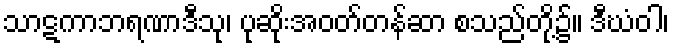
သာဋကာဘရဏာဒီသု၊ ပုဆိုးအဝတ်တန်ဆာ စသည်တို့၌။ ဒီဃံဝါ၊